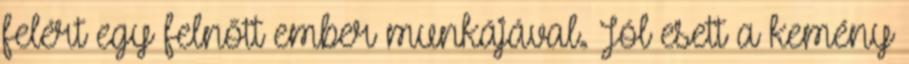
felért egy felnőtt ember munkájával. Jól esett a kemény